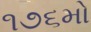
૧૭૬મો